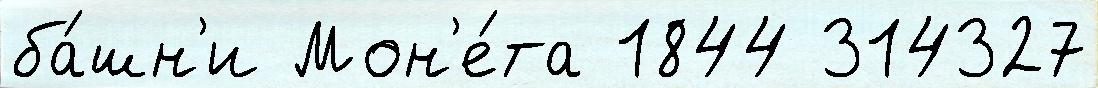
ба́шн'и Мон'е́та 1844 314327